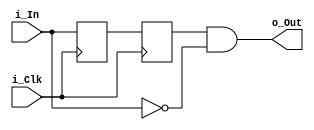
`timescale 1ns / 1ps
//////////////////////////////////////////////////////////////////////////////////
// Company: 
// Engineer: 
// 
// Design Name: 
// Module Name:    Level_to_pulse_inverted 
// Project Name: 
// Target Devices: 
// Tool versions: 
// Description: 
//
// Dependencies: 
//
// Revision: 
// Revision 0.01 - File Created
// Additional Comments: 
//
//////////////////////////////////////////////////////////////////////////////////
module Level_to_pulse_inverted(
	input i_Clk, 
	input i_In,
	
   output o_Out
	);
   reg r1, r2, r3;

	assign o_Out = r2 && !i_In;

	always @(posedge i_Clk) begin
		r1 <= i_In;
		r2 <= r1;
	end


endmodule